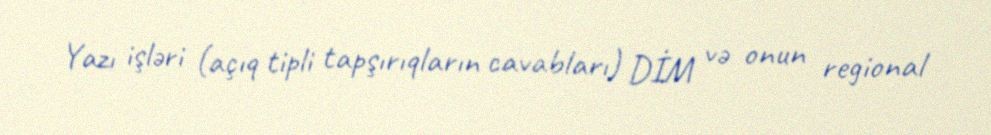
Yazı işləri (açıq tipli tapşırıqların cavabları) DİM və onun regional